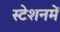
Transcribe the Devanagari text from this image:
स्टेशनमें